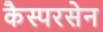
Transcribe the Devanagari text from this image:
कैस्परसेन